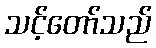
သင့်တော်သည်